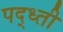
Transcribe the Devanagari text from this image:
पद्ध्ती